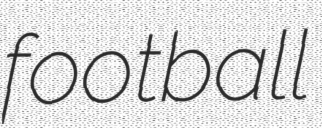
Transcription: football